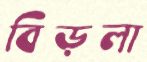
বিড়লা